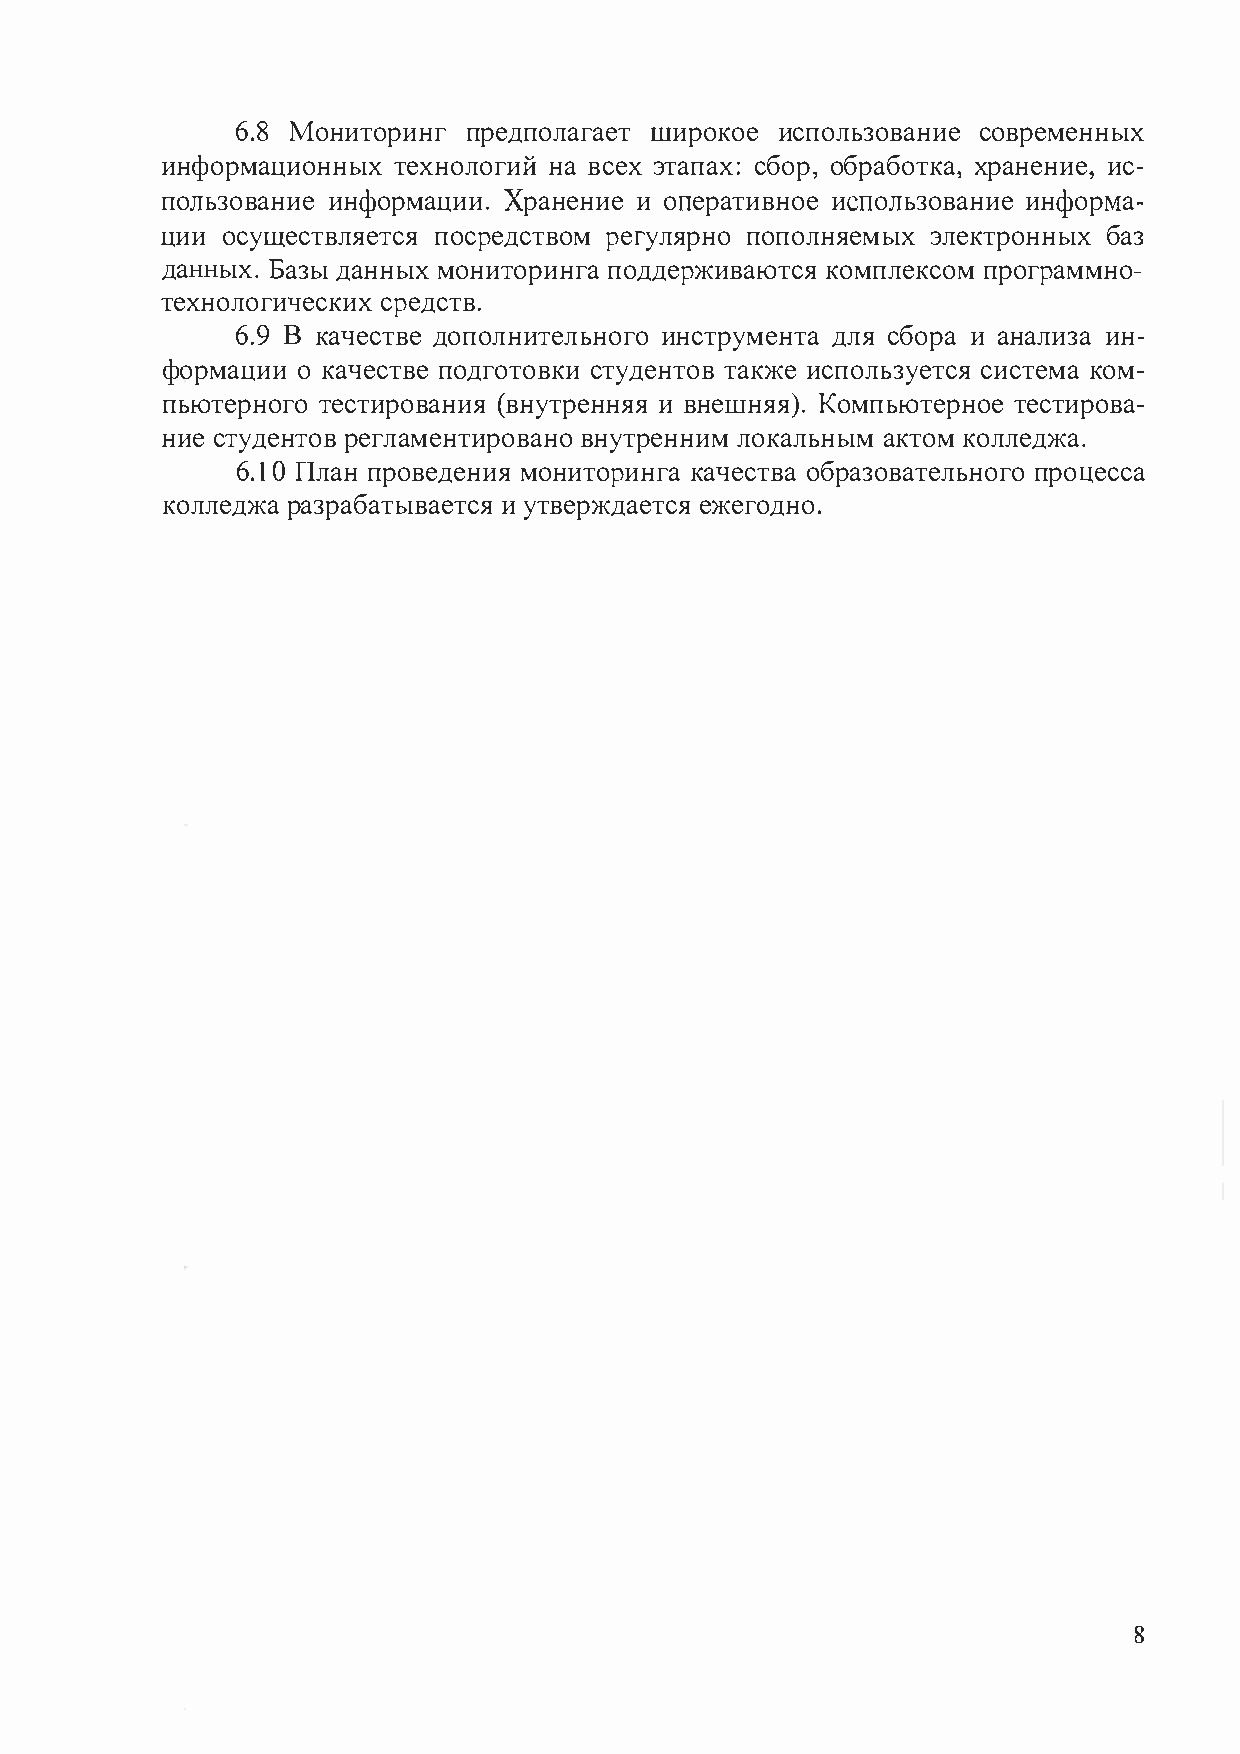
6.8 Мониторинг  предполагает широкое использование современных
 информационных технологий на всех этапах: сбор, обработка, хранение, ис­
 пользование информации. Хранение и оперативное использование информа­
 ции осуществляется посредством регулярно пополняемых электронных баз
 данных. Базы данных мониторинга поддерживаются комплексом программно­
 технологических средств.
 6.9 В качестве дополнительного инструмента для сбора и анализа ин­
 формации о качестве подготовки студентов также используется система ком­
 пьютерного тестирования (внутренняя и внешняя). Компьютерное тестирова­
 ние студентов регламентировано внутренним локальным актом колледжа.
 6.1 О План проведения мониторинга качества образовательного процесса
 колледжа разрабатывается и утверждается ежегодно.
 8